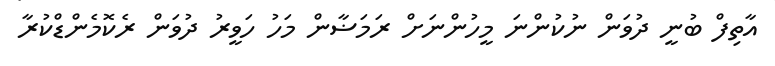
އާތިފް ބުނީ ދުވަން ނުކުންނަ މީހުންނަށް ރަމަޟާން މަހު ހަވީރު ދުވަން ރެކޮމެންޑްކުރާ